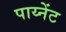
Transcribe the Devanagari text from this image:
पाय्नेंट